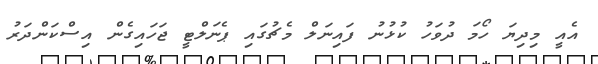
އެއީ މިދިޔަ ހޯމަ ދުވަހު ކުޅުނު ފައިނަލް މެޗުގައި ޕެނަލްޓީ ޖަހައިގެން އިސްކަންދަރު